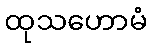
ထုသဟောမံ